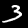
Digit: 3